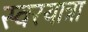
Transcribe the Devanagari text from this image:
स्वरयात्रा